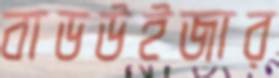
বাডউইজার